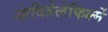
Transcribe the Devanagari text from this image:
आदितेलेफिल्में